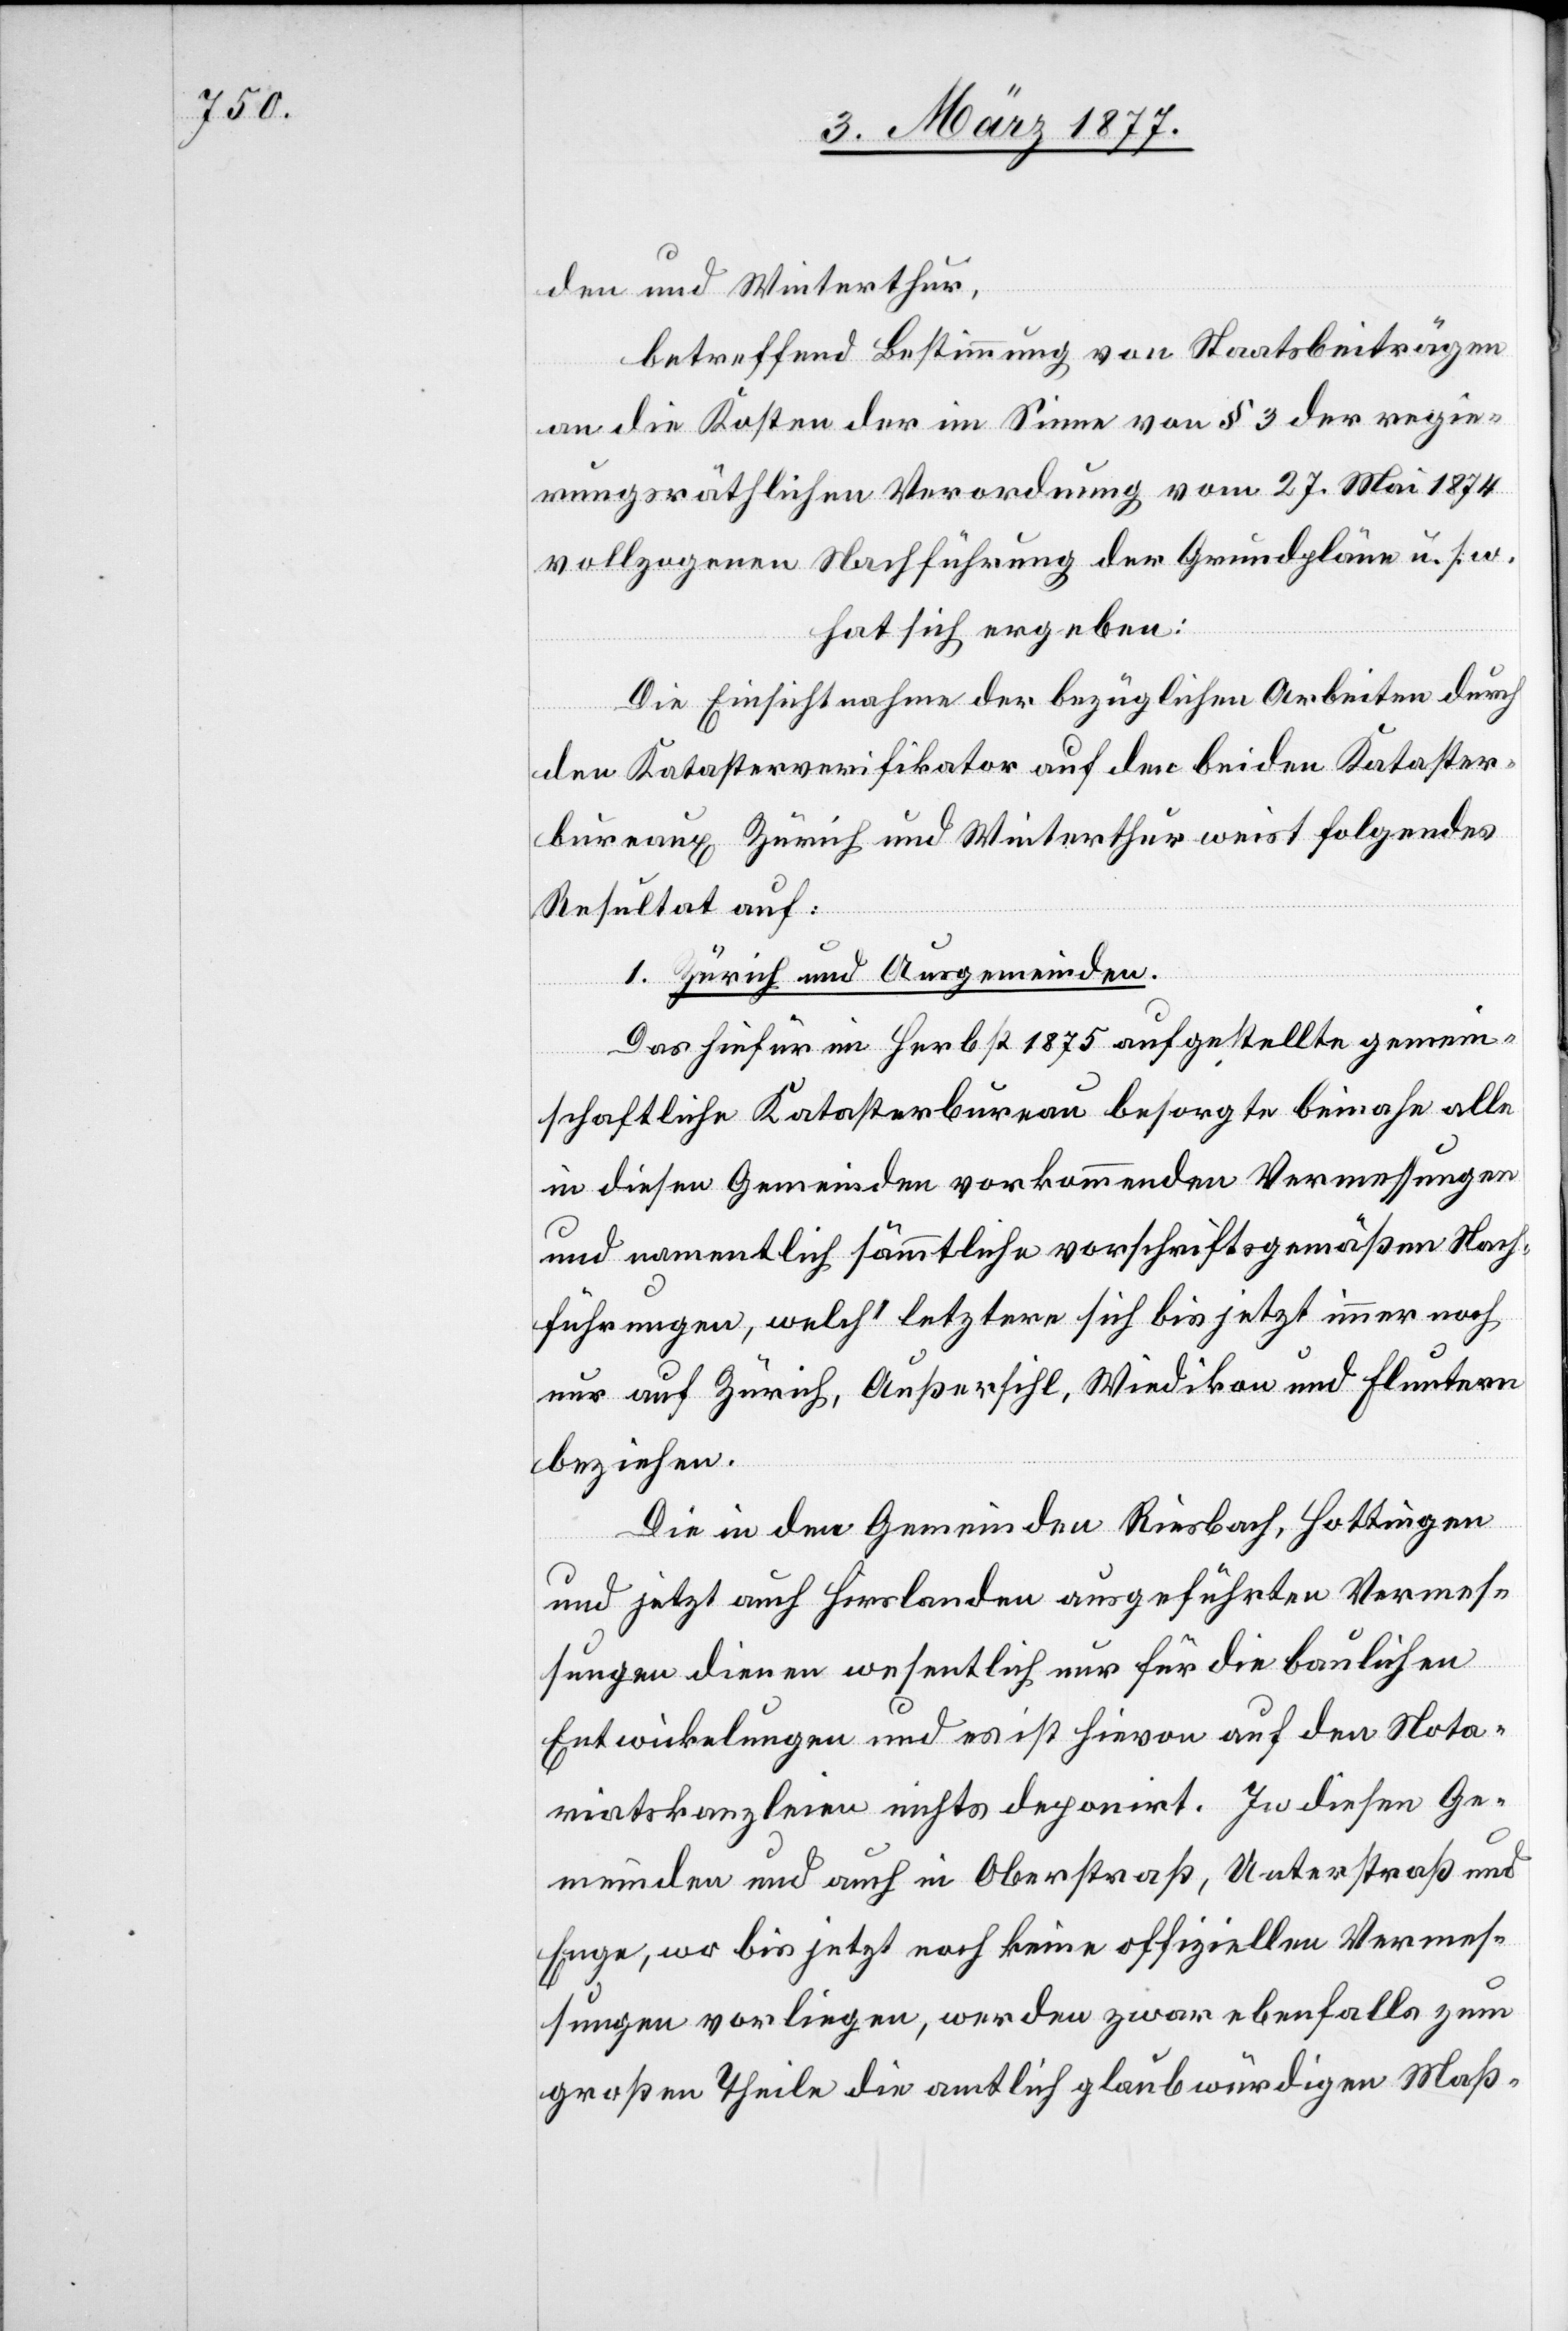
den und Winterthur,
betreffend Bestimmung von Staatsbeiträgen
an die Kosten der im Sinne von § 3 der regie¬
rungsräthlichen Verordnung vom 27. Mai 1874
vollzogenen Nachführung der Grundpläne u. s. w.
hat sich ergeben:
Die Einsichtnahme der bezüglichen Arbeiten durch
den Katasterverifikator auf den beiden Kataster¬
bureaux Zürich und Winterthur weist folgendes
Resultat auf:
1. Zürich und Ausgemeinden:
Das hiefür im Herbst 1875 aufgestellte gemein¬
schaftliche Katasterbureau besorgte beinahe alle
in diesen Gemeinden vorkommenden Vermessungen
und namentlich sämmtliche vorschriftsgemäßen Nach¬
führungen, welch’ letztere sich bis jetzt immer noch
nur auf Zürich, Außersihl, Wiedikon und Fluntern
beziehen.
Die in den Gemeinden Riesbach, Hottingen
und jetzt auch Hirslanden ausgeführten Vermes¬
sungen dienen wesentlich nur für die baulichen
Entwicklungen und es ist hievon auf den Nota¬
riatskanzleien nichts deponirt. In diesen Ge¬
meinden und auch in Oberstraß, Unterstraß und
Enge, wo bis jetzt noch keine offiziellen Vermes¬
sungen vorliegen, werden zwar ebenfalls zum
großen Theile die amtlich glaubwürdigen Maß-